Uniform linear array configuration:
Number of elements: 16
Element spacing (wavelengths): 0.25
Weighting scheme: kaiser
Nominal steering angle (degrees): -30
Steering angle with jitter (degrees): -30.594
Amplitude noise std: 0.05
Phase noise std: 0.05

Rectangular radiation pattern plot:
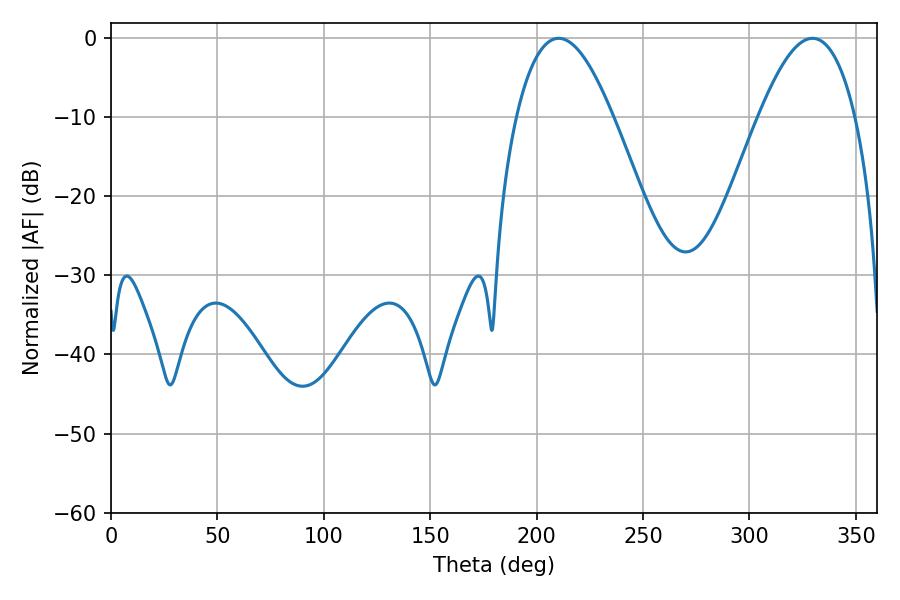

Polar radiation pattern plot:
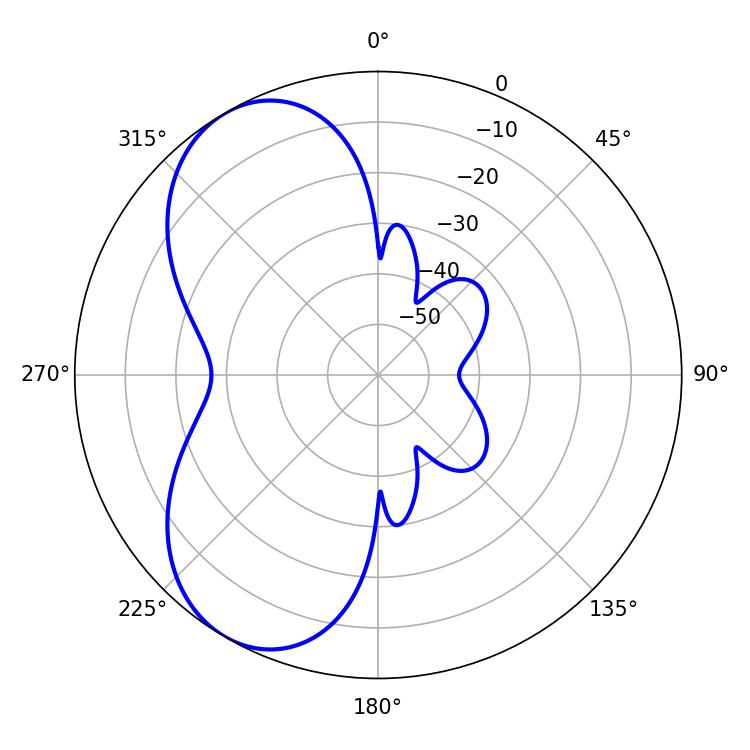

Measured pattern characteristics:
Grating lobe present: FALSE
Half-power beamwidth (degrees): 24.84
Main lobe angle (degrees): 210.42